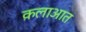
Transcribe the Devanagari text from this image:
क़लाआत